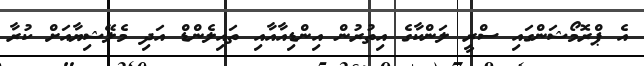
އެ ޕްރޮމޯޝަންގައި ސްރީ ލަންކާގެ އިތުރުން އިންޑިއާއާއި ތައިލެންޑް އަދި މެލޭޝިޔާއަށް ކުރާ